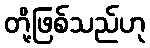
တို့ဖြစ်သည်ဟု